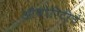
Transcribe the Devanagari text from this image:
ऑथोरिटीचे